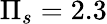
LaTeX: \Pi_{s}=2.3